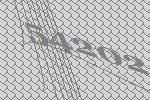
54202